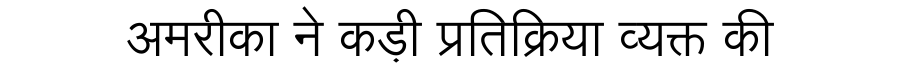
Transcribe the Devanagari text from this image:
अमरीका ने कड़ी प्रतिक्रिया व्यक्त की